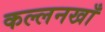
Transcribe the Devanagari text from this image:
कल्लनखाँ